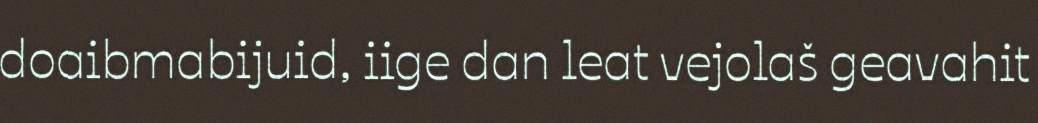
doaibmabijuid, iige dan leat vejolaš geavahit